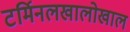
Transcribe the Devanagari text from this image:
टर्मिनलखालोखाल